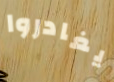
يغادروا